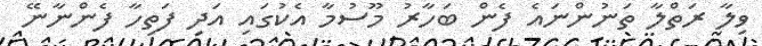
ވިލާ ރަތްލާ ތަނުންނައެ ފެން ބަހާރު މޫސުމާ އެކުގައި އަދި ފަތިހާ ފެންނާނޭ